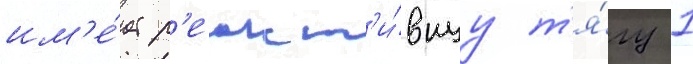
им'е́ет р'еакт'и́внуу т'я́гу 1